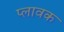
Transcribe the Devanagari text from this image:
प्लावक